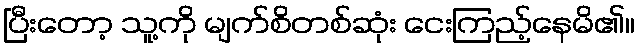
ပြီးတော့ သူ့ကို မျက်စိတစ်ဆုံး ငေးကြည့်နေမိ၏။